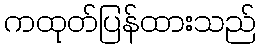
ကထုတ်ပြန်ထားသည်